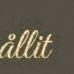
ållit